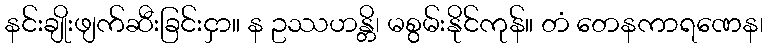
နင်းချိုးဖျက်ဆီးခြင်းငှာ။ န ဥဿဟန္တိ၊ မစွမ်းနိုင်ကုန်။ တံ တေနကာရဏေန၊